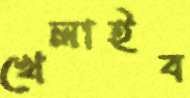
খেলাইব